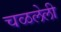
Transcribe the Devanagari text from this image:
चळलेली